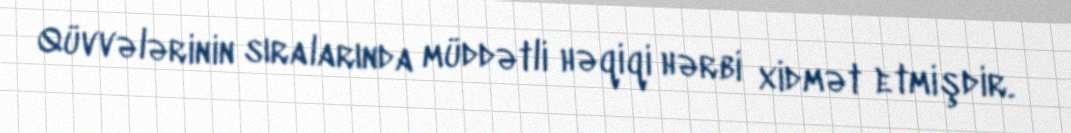
Qüvvələrinin sıralarında müddətli həqiqi hərbi xidmət etmişdir.